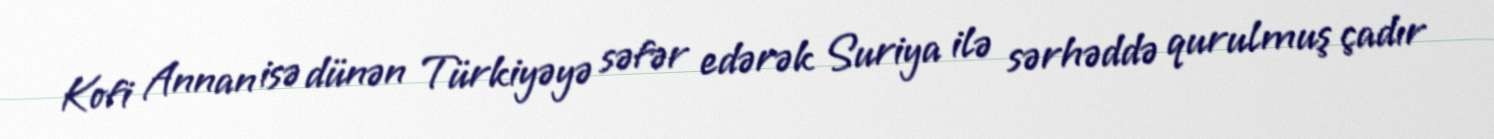
Kofi Annan isə dünən Türkiyəyə səfər edərək Suriya ilə sərhəddə qurulmuş çadır